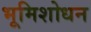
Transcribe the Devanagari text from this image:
भूमिशोधन